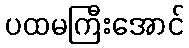
ပထမကြီးအောင်